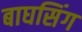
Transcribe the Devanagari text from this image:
बाघसिंग